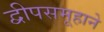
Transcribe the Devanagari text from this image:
द्वीपसमूहाने